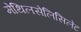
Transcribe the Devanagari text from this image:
मेथिलसेलिसिलेट